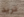
تريد